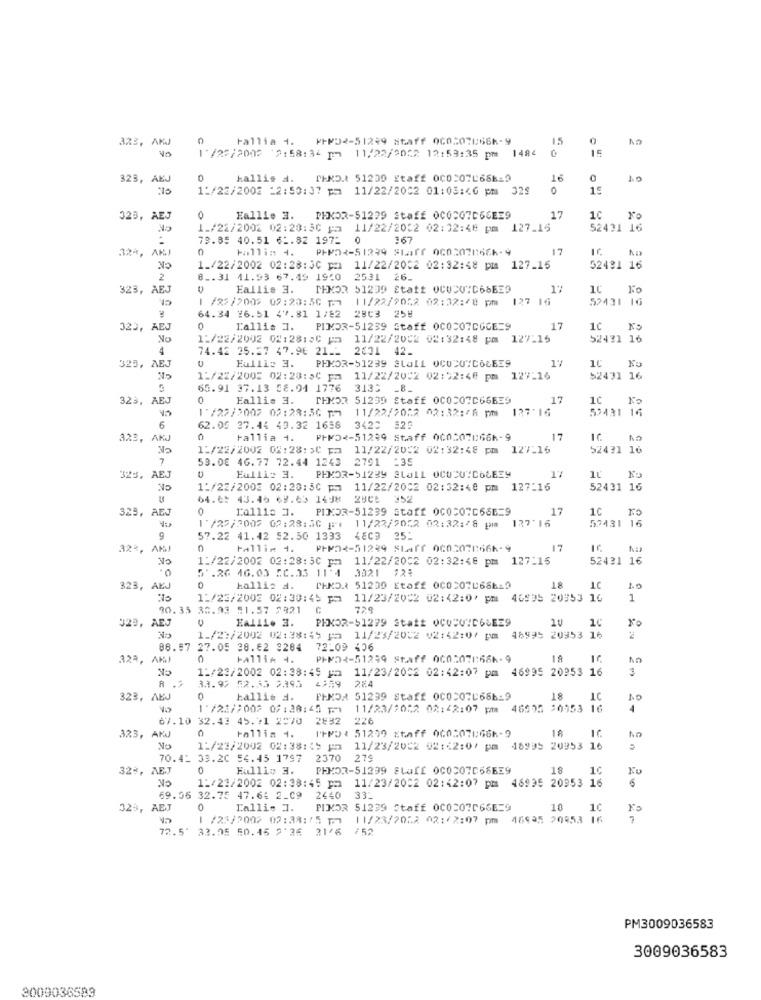
allia 1. ⑈⑈32-51299 staff 0605078668-9
15
323, AKJ
1/25/2000 9:58:34 pm 11/22/2012 12:53:35 pm 1484
323, AEJ
0
kallis a.
PEND.1 51239 Staff 000:07L68619
16
1:/22/2002 _2:50:37 pm 11/22/2002 01:03 :< 6 pm 329
0
15
325, AEJ
0
Eallie 3. PHKOR-51299 Staff 0CQC07066EE9
17
1c
Fo
L_/22/2002 02:28:30 pa 11/22/2032 02:32:48 pm 127_15
52431 16
79.85 40.51 61.82 1972 0
167
32ª, AKJ
0
Hallin 4.
PHP2-51239 Staff 0c020766-9
1_/22/2002 02:28:30 pm 11/22/2002 02:32:48 pm 127_15
52481 16
2
8 _. 31 41.93 67.49 19:0 2531 26.
323, AEJ
Eallis 3.
MEMOR 51239 Etatt COCU"C66EE9
1'
1 /82/200> 09:20:50 1.1
11/22/9052 02:32:48 pm
127 16
52431 16
2803 25#
64.34 ¥6.51 47.81 1/82
323,
0
L'allis 1.
PIMDR-51239 Staff 0COCO7DGGE=9
17
10
No
1:/22/2002 02:28:50 pm 11/22/2002 02:32:48 pm 127-15
52421 1
4
74.42 35.27 47.96 21 __ 2001 42.
325, AEJ
Eullis 3.
PHKOR-51239 Stall OCUDU"COCEE9
1C
Fo
1:/22/2002 02:28:50 pm 11/22/2002 02:52:48 pm 127-16
52431 1
65.91 37.13 58.94 1776 3133 _8.
323, AEJ
0
Eallis 3.
THMOR 51239 Staff 0COCO7C66EE9
17
10
Fo
1/22/2007 02:28:36 1: 11/22/2052 02:32:46 pm 127:16
55431 16
6
62.05 27.44 49.32 1658 3420 325
323,
AK
tallia 4.
⑈FN02-51299 Staff 000507066-9
17
11/22/2002 02:28: 30 pm 11/22/2022 02:32:48 pm 127:16
52431 16
7
53.08 46.77 72.44 1243 2791 :35
Eulli: 3.
325, AEJ
CK
PHKOR-51239 SLA11 OCUCUIC66E39
1:/22/2002 02:20:50 pm 11/22/2002 02:32:48 pm 127:16
52431 16
64.8: 43.46 69.65 14J8 2800 952
325, AEJ
0
Callie 3. PINOR-51239 staff 0C0207666=9
17
1C
1 /25/2002 02:28:30 |1 11/22/2052 02:32:48 pm 127:16
52431 16
9
57.22 41.42 52.50 1333 48C9 251
32%, /
0
111i⑆ 4. PHP2-51299 Staff 0c02078666-9
17
No
0.
1:/22/2002 02:28:50 pm 11/22/2002 02:32:46 pm 127:15
52431 16
5'.26 46.03 5C.35 11:4
3021 72%
323,
AEJ
0
hallis a.
PHKO.X 51239 Etaff 000507068619
18
LC
1.0
1:/23/2002 02:30:45 pm 11/23/2002 02:42:00 pm
46995 20953 16
1
30.35 35.93 51.57 2821
729
J29, AEJ
EALLL. 3.
PEKOR-51279 Statt OCODVID6LEE9
10
1_/2:/2002 02:38:45 pa 11/23/2002 02:42:07 pm 48995 20953 16
88.97
27.05 38.62 3284
72-09 406
323, AMJ
0
tallin 4.
PHMDR-51299 Staff 060:078:66k-9
18
NO
12/23/2002 02:38:45 pm
11/23/2002 02:42:07 pm 46995 20953 16
3
R ..
3.3. 92 52.55 2395
284
323, AEJ
0
kallis d.
FENDA 51299 Staff 0COCO7686-9
18
LC
10
1 /21/:002 09: 38:45 171
11/23/2052 02:42:07 pm 46005 20053
4
67.10 32.43 45.71 2070
2932 226
Fallis 4.
IFPD: 51299 Etaff 0605070666-9
1A
323, AKJ
0
No
1:/23/2002 02:38:45 pa 11/23/2002 02 :: 2:07 pm 18995 20953 16
70.42 33.20 54.45 1797
2370
270
32%, AEJ
0
Eullio 3.
PHKOR-51299 SLI 0C0307569
18
NO
1:/21/2002 02:38:45 pm 11/23/2002 02:42:07 pm 46935 20953 16
6
69.36 32.75 47.6: 2_09 2440
33.
323, AEJ
0
Lalli- 1.
FIXOR 51239 Staff 0C0207066E=9
10
10
1 /23/2002 02:38:25 12
11/23/2012 02:/2:07 pm 46925 20453 16
7
72.5"
33.05 50.45 2:36 31/6
752
PM3009036583
3009036583
3009036593